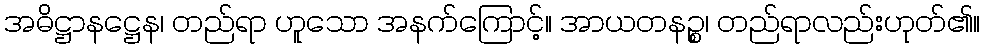
အဓိဋ္ဌာနဋ္ဌေန၊ တည်ရာ ဟူသော အနက်ကြောင့်။ အာယတနဉ္စ၊ တည်ရာလည်းဟုတ်၏။